画像に写った文字を読んでください
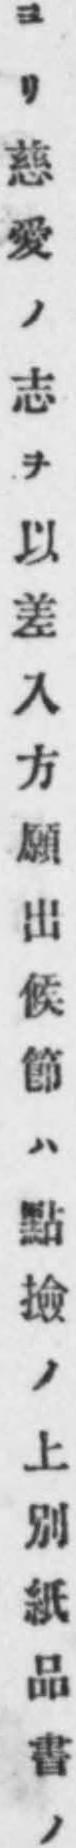
「ヨリ慈愛ノ志ヲ以差入方願出候節ハ點撿ノ上別紙品書ノ」と書いてあります